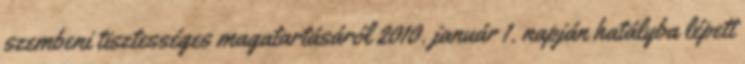
szembeni tisztességes magatartásáról 2010. január 1. napján hatályba lépett